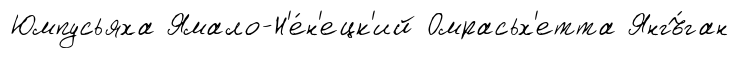
Юмпусьяха Ямало-Н'е́н'ецк'ий Омрасьх'етта Янгъ́ган